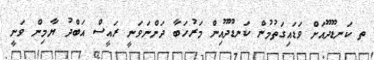
ތ ކަނޑޫދޫއަށް ވަޑައިގަތުމުން ކަނޑޫދޫއިން މަރުހަބާ ދަންނަވަނީ ރައީސް އަބްދު ޔާމިން ވަނީ